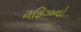
નફિઝનો